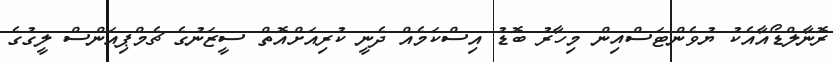
ރޮނާލްޑޯއާއެކު ޔުވެންޓަސްއިން މިހާރު ބޮޑު އިސްކަމެއް ދެނީ ކުރިއަށްއޮތް ސީޒަނުގެ ޗެމްޕިއަންސް ލީގުގެ